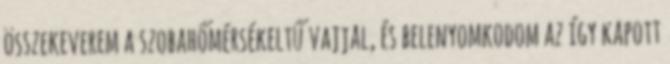
összekeverem a szobahőmérsékeltű vajjal, és belenyomkodom az így kapott